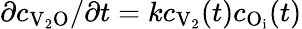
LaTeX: \partial c_{\mathrm{V}_{2}\mathrm{O}}/\partial t=kc_{\mathrm{V}_{2}}(t)c_{\mathrm{O}_{\mathrm{i}}}(t)